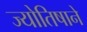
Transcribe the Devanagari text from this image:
ज्योतिषाने